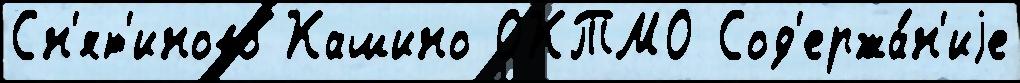
Сн'ят'иново Кашино ОКТМО Сод'ержа́н'иjе